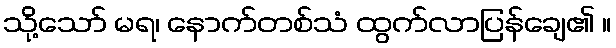
သို့သော် မရ၊ နောက်တစ်သံ ထွက်လာပြန်ချေ၏ ။